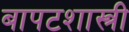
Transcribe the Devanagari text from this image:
बापटशास्त्री